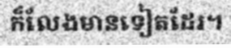
ក៏លែងមានទៀតដែរ។